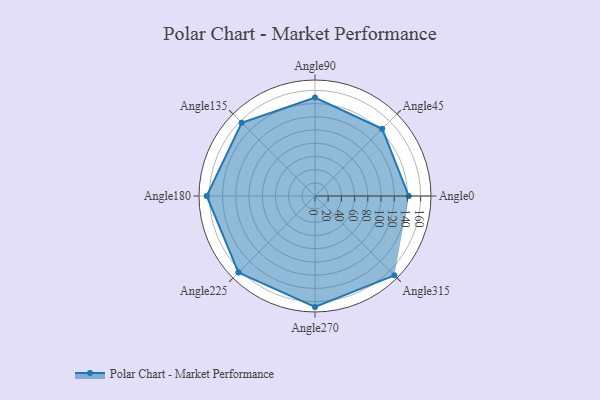
{"axis": {"x": "Angle", "y": "Radius"}, "legend": [""], "data": [{"x": "Angle0", "y": 142.0, "type": ""}, {"x": "Angle45", "y": 144.0, "type": ""}, {"x": "Angle90", "y": 149.0, "type": ""}, {"x": "Angle135", "y": 157.0, "type": ""}, {"x": "Angle180", "y": 164.0, "type": ""}, {"x": "Angle225", "y": 164.0, "type": ""}, {"x": "Angle270", "y": 168.0, "type": ""}, {"x": "Angle315", "y": 170, "type": ""}]}